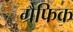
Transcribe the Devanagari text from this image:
ग्रैफिक